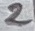
Text: 2